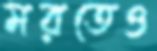
মরতেও